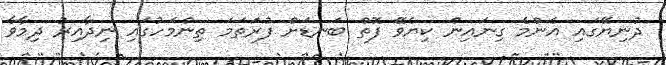
ދުނިޔޭގައި އެންމެ ގިނައިން ކިޔެވޭ ފޮތް ބަނޑަށް ފުރަތަމަ ތިންމަހުގައި ނިދާއިރު ދިމާވާ